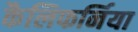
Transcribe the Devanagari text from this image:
कैलिफर्निया